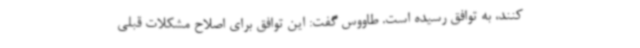
کنند، به توافق رسیده است. طاووس گفت: این توافق برای اصلاح مشکلات قبلی